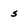
Character: 5